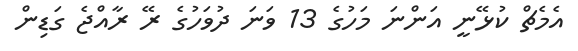
އެމެޗް ކުޅޭނީ އަންނަ މަހުގެ 13 ވަނަ ދުވަހުގެ ރޭ ރާއްޖެ ގަޑިން